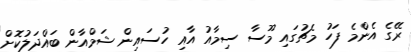
ރޭގެ އެންމެ ފަހު މެޗުގައި މޫސާ ސިމާއު އާއި ހުސައިން ޝަމްއާން ބައްދަލުކޮށް